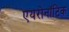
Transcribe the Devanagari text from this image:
एयरोनॉटिक